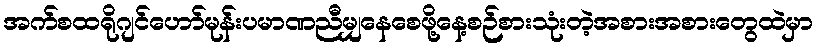
အက်စထရိုဂျင်ဟော်မုန်းပမာဏညီမျှနေစေဖို့နေ့စဉ်စားသုံးတဲ့အစားအစားတွေထဲမှာ